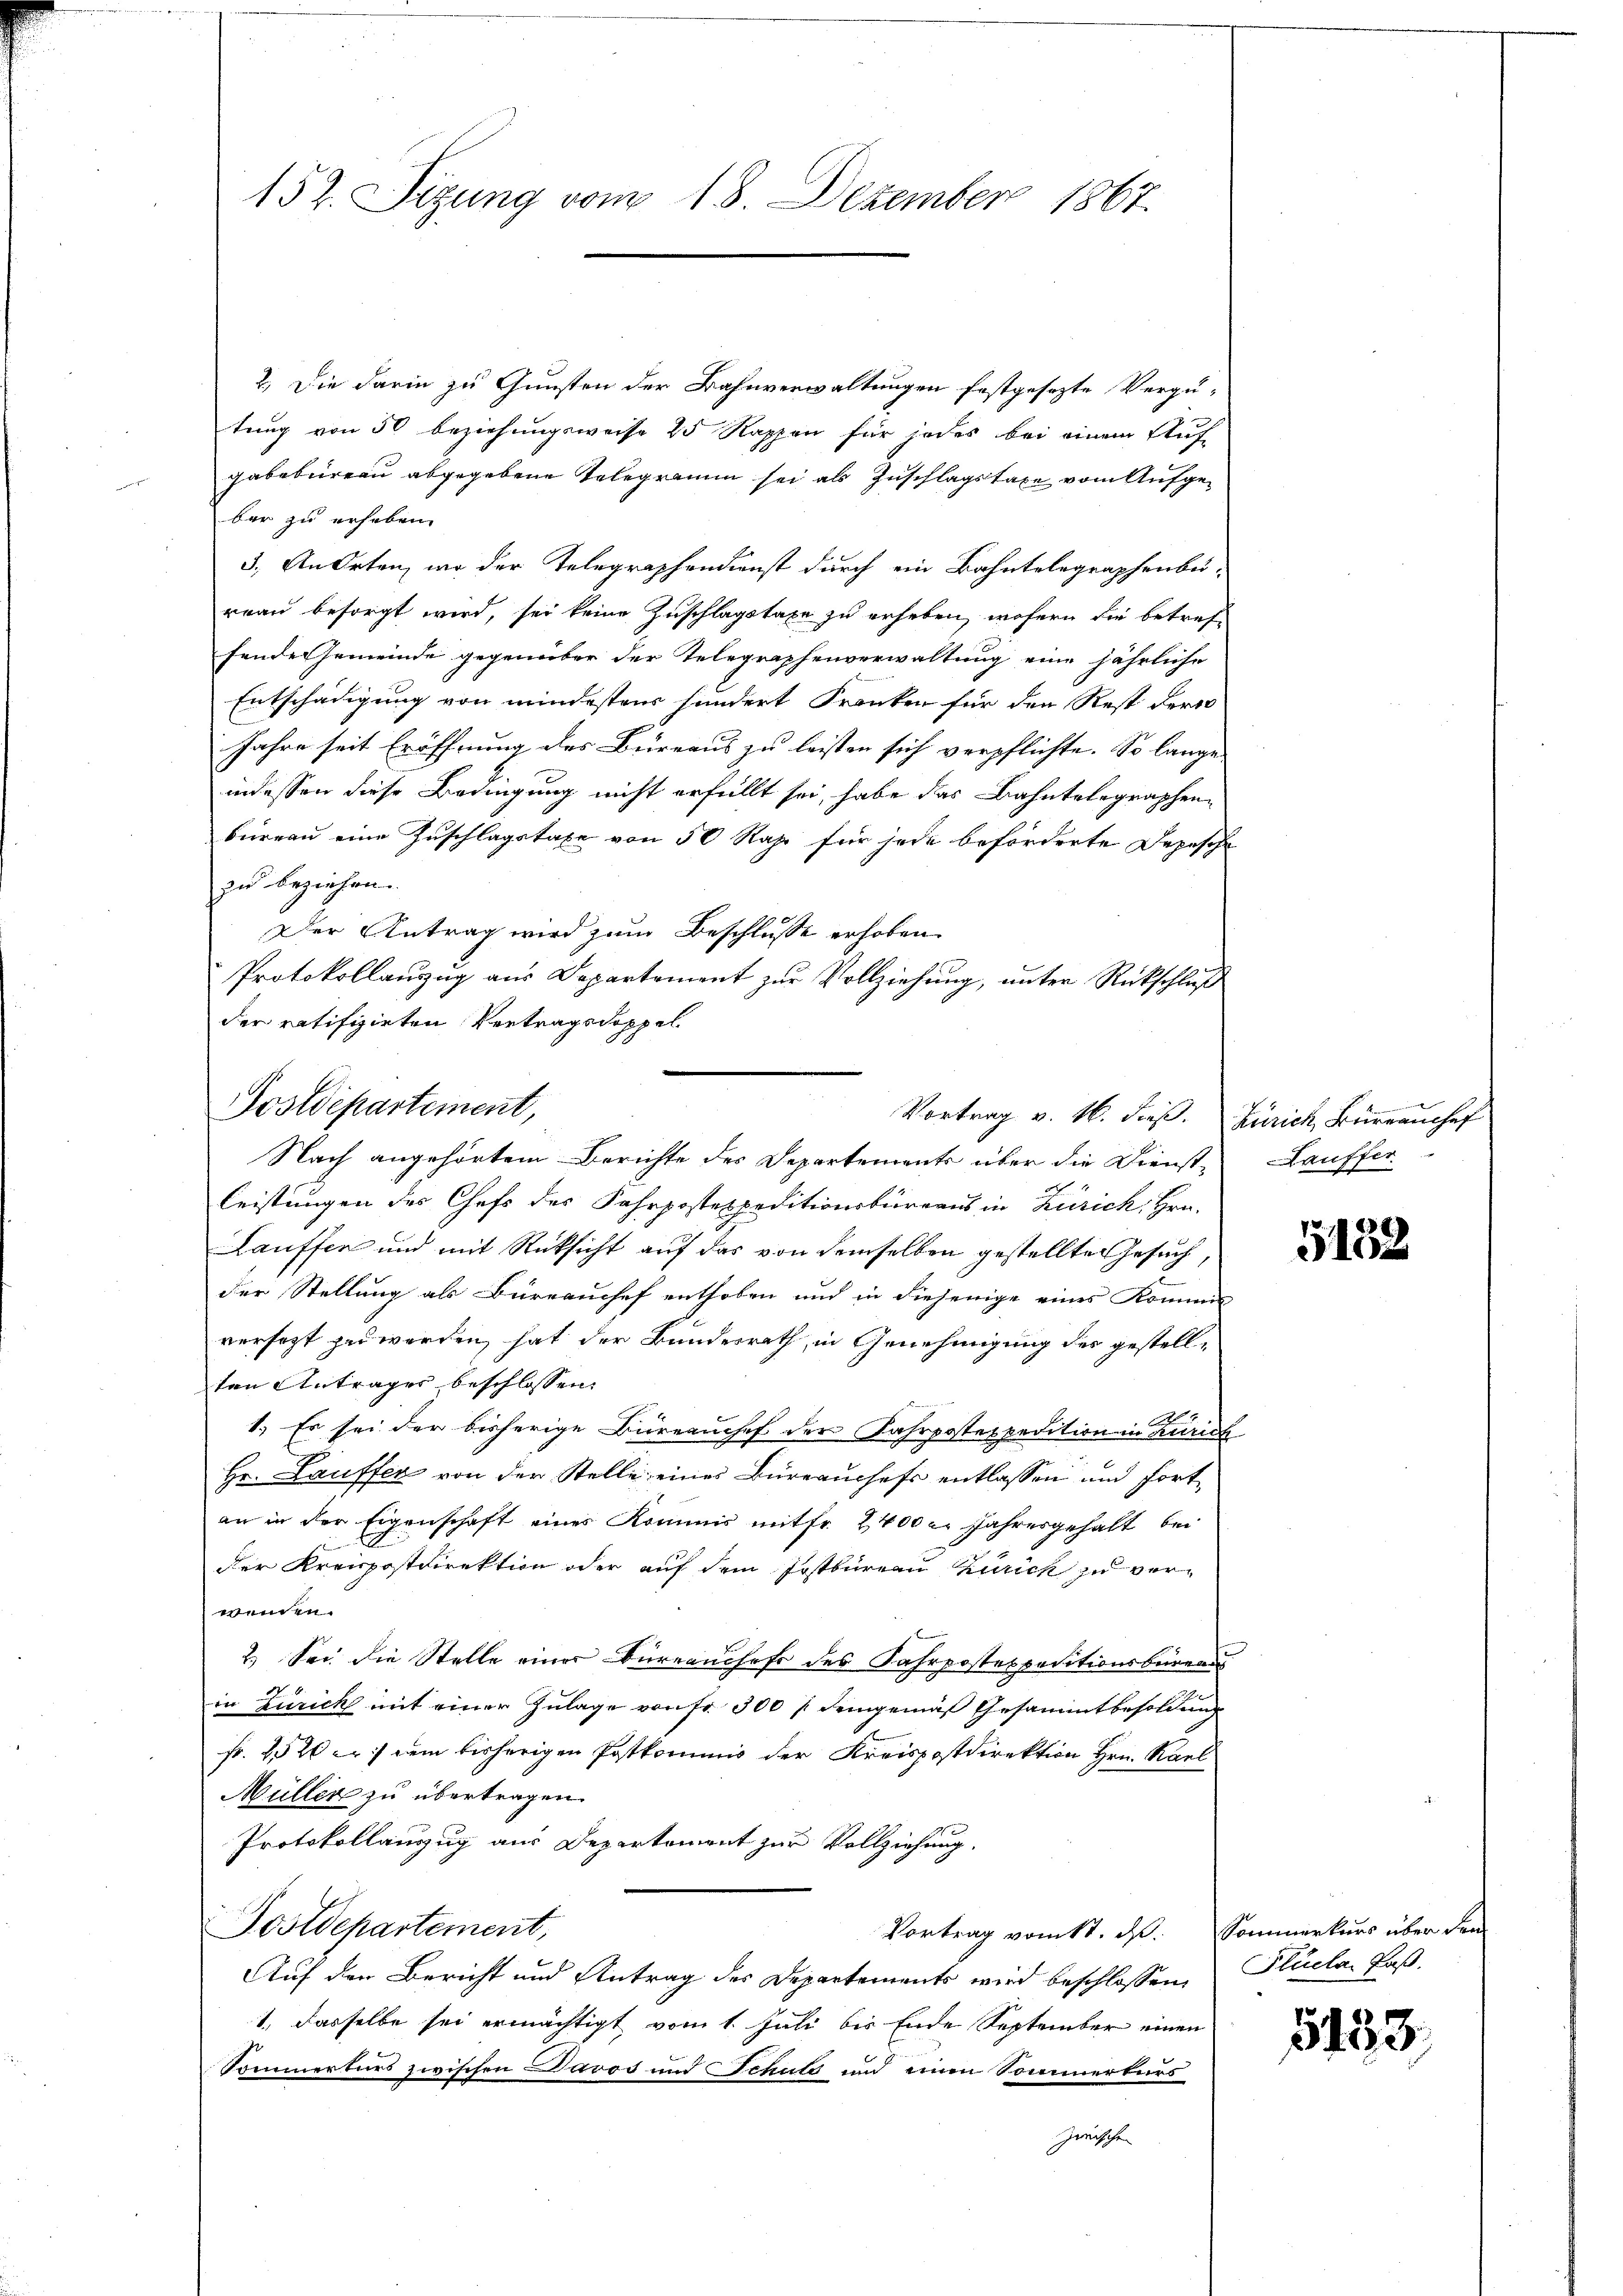
152. Sizung vom 18. Dezember 1867.

2.) Die darin zu Gunsten der Bahnverwaltungen festgesezte Vergü-
tung von 50 beziehungsweise 20 Rappen für jedes bei einem Auf-
gabebureau abgegebene Telegramm sei als Zuschlagstaxe vom Aufgeber zu erheben.
3. An Orten, wo der Telegraphendienst durch ein Bahntelegraphenbereau besorgt wird, sei keine Zuschlagstaxe zu erheben, wofern die betref-
fende Gemeinde gegenüber der Telegraphenverwaltung eine jährliche
Entschädigung von mindestens hundert Franken für den Rest der
Jahre seit Eröffnung des Büreaus zu leisten sich verpflichte. So lange
indessen diese Bedingung nicht erfüllt sei, habe das Bahntelegraphen-
büreau eine Zuschlagstaxe von 50 Rahn für jede beförderte Depesche
zu beziehen.
Der Antrag wird zum Beschlusse erhoben
Protokollauzug aus Departement zur Vollziehung, unter Rückschluß
der ratifizirten Vertragsdoppel
leistungen des Chefs des Fahrpostexpeditionsbüreaus in Zürich, Hrn.
Lauffen und mit Rücksicht auf das von demselben gestellte Gesuch,
der Stellung als Büreauchef enthoben und in diejenige eines Kommis
versezt zu werden, hat der Bundesrath, in Genehmigung des gestell-
ten Antrages beschlossen:
1.) Es sei der bisherige Büreauchef der Fahrpostexpedition in Zürich
Hr. Lauffer von der Stelle eines Büreauchefs entlassen und fortan in der Eigenschaft eines Kommis mit fr. 2400 l. Jahresgehalt bei
der Kreispostdirektion oder auf dem Jostbureau Zürick zu verwenden.
2.) Sei die Stelle einer Büreauchefs des Fahrpostexpeditionsbeinan
in Zürich mit einer Zulage von Fr. 300 / demgemäß Gesammtbesoldung
Fr. 252 er) dem bisherigen Postkommnis der Kreispostdirektion Hrn. Karl
Müller zu übertragen.
Protokollanzug aus Departement zur Vollziehung.
Sostdepartement,
Vortrag vom 11. dß. Sommerkurs über den
Auf den Bericht und Antrag des Departements wird beschlossene Plucar Paß¬
1. Dasselbe sei ermächtigt vom 1. Juli bis Ende September einen
Sommerturs zwischen Davos und Schutz und einen Sommerturs
zwischen

Postdepartement,

Vortrag v. 16. dieß. Zürich, Bürrauchef
Nach angehörtem Berichte des Departements über die Dienst-

Lauffer

5132

5453